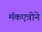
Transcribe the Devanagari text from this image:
मॅकएन्रोने